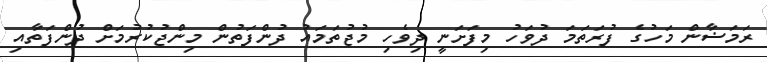
ރަމަޟާން މަހުގެ ފުރަތަމަ ދުވަހު މިފަށަނީ ދިވެހި މުޖުތަމައު ދުންފަތުން މިންޖުކުރުމަށް ދުންފަތާއި